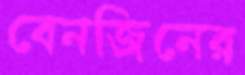
বেনজিনের